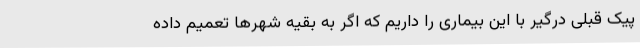
پیک قبلی درگیر با این بیماری را داریم که اگر به بقیه شهرها تعمیم داده